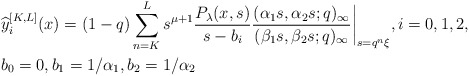
\begin{align*}& \widehat{y}_{i}^{[K,L]}(x) = (1-q) \sum_{n=K}^{L} s^{\mu+1} \frac{P_{\lambda}(x, s)}{s-b_{i}} \frac{(\alpha_1 s, \alpha_2 s;q)_{\infty}}{(\beta_1 s, \beta_2 s;q)_{\infty}} \bigg|_{s= q^n \xi}, i=0,1,2,\\& b_0=0, b_1 = 1/\alpha_1, b_2 = 1/\alpha_2\end{align*}